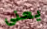
يعنى